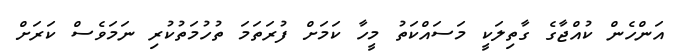
އަންހެން ކުއްޖާގެ ގާތިލަކީ މަސައްކަތު މީހާ ކަމަށް ފުރަތަމަ ތުހުމަތުކުރި ނަމަވެސް ކަރަށް